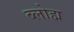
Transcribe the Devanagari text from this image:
ब्लोह्म